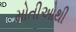
મોતીઓથી